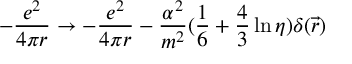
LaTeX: - \frac { e ^ { 2 } } { 4 \pi r } \rightarrow - \frac { e ^ { 2 } } { 4 \pi r } - \frac { \alpha ^ { 2 } } { m ^ { 2 } } ( \frac { 1 } { 6 } + \frac { 4 } { 3 } \ln \eta ) \delta ( \vec { r } )